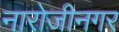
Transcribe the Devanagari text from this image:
नारोजीनगर